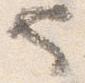
也